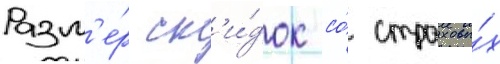
Разм'е́р ск'и́док со́ страховы́х